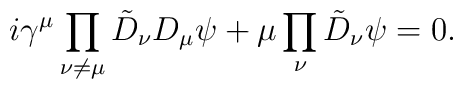
i\gamma^\mu\prod_{\nu\ne\mu}\tilde D_\nu D_\mu\psi+\mu\prod_\nu\tilde D_\nu \psi=0.